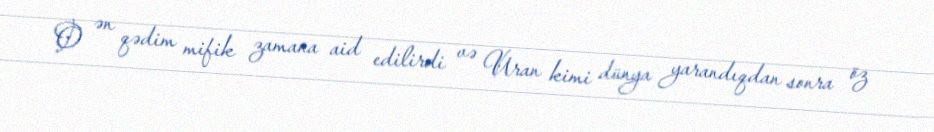
O ən qədim mifik zamana aid edilirdi və Uran kimi dünya yarandıqdan sonra öz